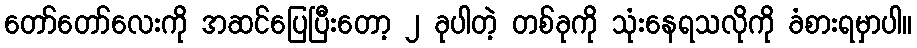
တော်တော်လေးကို အဆင်ပြေပြီးတော့ ၂ ခုပါတဲ့ တစ်ခုကို သုံးနေရသလိုကို ခံစားရမှာပါ။